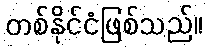
တစ်နိုင်ငံဖြစ်သည်။